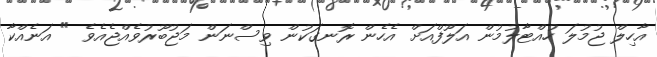
އާހިލް ޖުމުލަ ހުއްޓާލުމުން އަލޫފްއަށް އެހެން ރޮނގަކުން ވިސްނަން މަޖުބޫރުވެއްޖެއެވެ " އަނެއްކާ